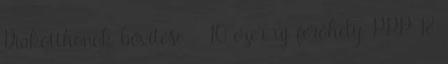
Diákotthonok bővítése - 10 ezer új férőhely, PPP 18